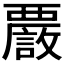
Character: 𧠂